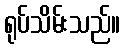
ရုပ်သိမ်းသည်။